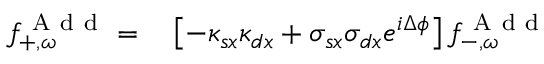
\begin{array} { r l } { f _ { + , \omega } ^ { \mathrm { ~ A ~ d ~ d ~ } } = } & { { } \left[ - \kappa _ { s x } \kappa _ { d x } + \sigma _ { s x } \sigma _ { d x } e ^ { i \Delta \phi } \right] f _ { - , \omega } ^ { \mathrm { ~ A ~ d ~ d ~ } } } \end{array}